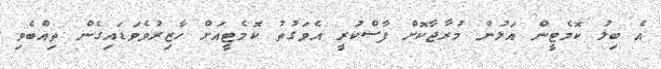
އެ ބިލު ކޮމެޓީން އަލުން މުރާޖާކޮށް ފާސްކުރީ އެވަގުތު ކޮމެޓީއަށް ހާޒިރުވެވަޑައިގެން ތިއްބެވި